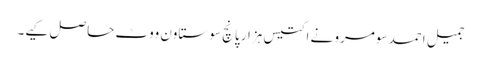
جمیل احمد سومرو نے اکتیس ہزار پانچ سو ستاون ووٹ حاصل کیے۔